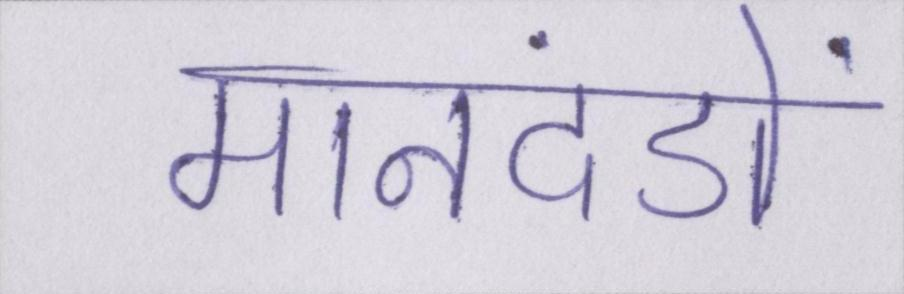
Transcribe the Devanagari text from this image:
मानदंडों